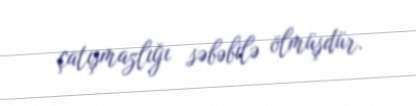
çatışmazlığı səbəbilə ölmüşdür.